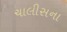
ચાલીસના